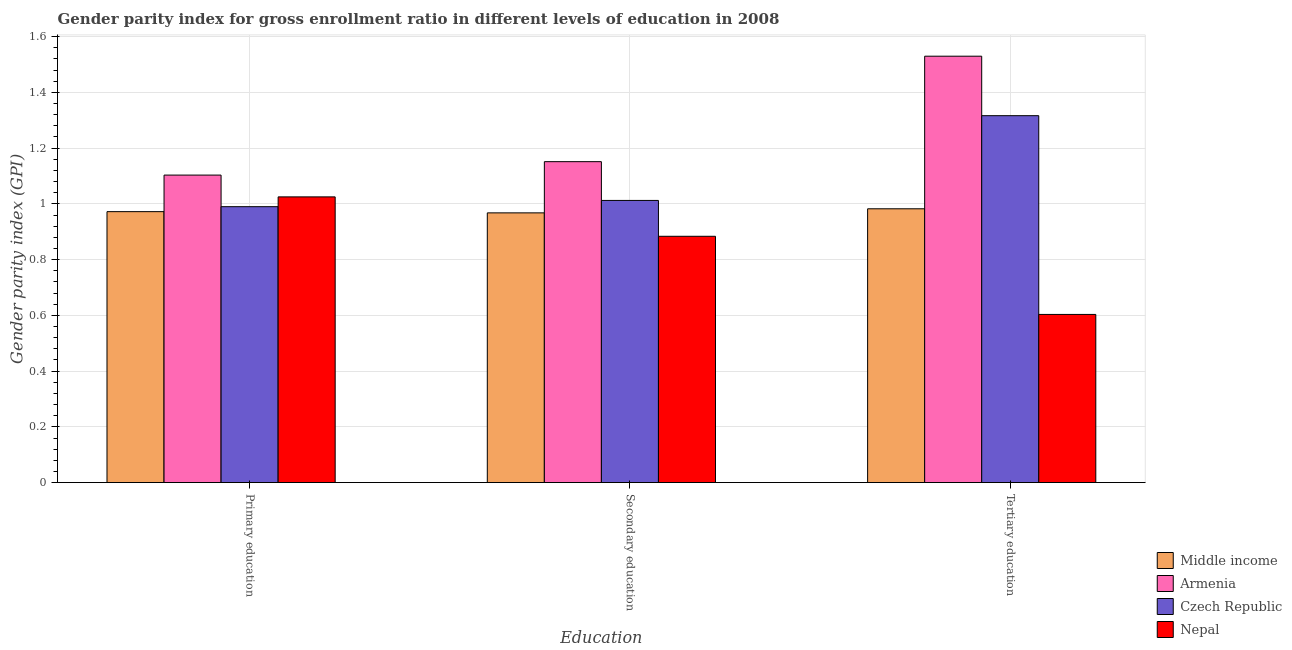
| Education | Middle income | Armenia | Czech Republic | Nepal |
 | --- | --- | --- | --- | --- |
 | Primary education | 0.972 | 1.1 | 0.99 | 1.03 |
 | Secondary education | 0.968 | 1.15 | 1.01 | 0.884 |
 | Tertiary education | 0.982 | 1.53 | 1.32 | 0.603 |